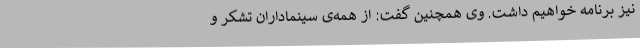
نیز برنامه خواهیم داشت. وی همچنین گفت: از همه‌ی سینماداران تشکر و